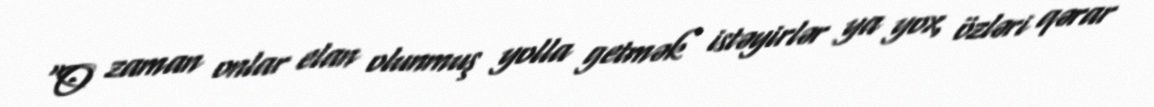
“O zaman onlar elan olunmuş yolla getmək istəyirlər ya yox, özləri qərar